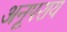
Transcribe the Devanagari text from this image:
अनूपराय